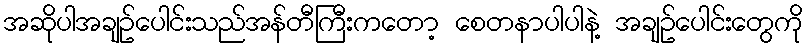
အဆိုပါအချဥ်ပေါင်းသည်အန်တီကြီးကတော့ စေတနာပါပါနဲ့ အချဥ်ပေါင်းတွေကို